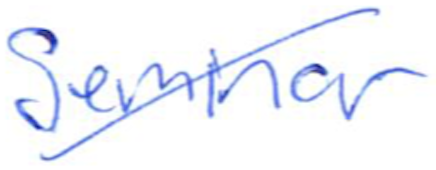
Text: Seminar
Cross-out: diagonal
Writing tool: ballpoint